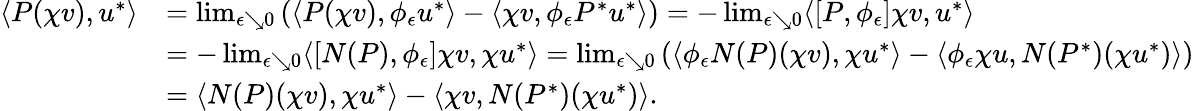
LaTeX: \begin{array}{rl}{\langle P(\chi v),u^{*}\rangle}&{=\operatorname*{lim}_{\epsilon\searrow 0}\left(\langle P(\chi v),\phi_{\epsilon}u^{*}\rangle-\langle\chi v,\phi_{\epsilon}P^{*}u^{*}\rangle\right)=-\operatorname*{lim}_{\epsilon\searrow 0}\langle[P,\phi_{\epsilon}]\chi v,u^{*}\rangle}\\ &{=-\operatorname*{lim}_{\epsilon\searrow 0}\langle[N(P),\phi_{\epsilon}]\chi v,\chi u^{*}\rangle=\operatorname*{lim}_{\epsilon\searrow 0}\left(\langle\phi_{\epsilon}N(P)(\chi v),\chi u^{*}\rangle-\langle\phi_{\epsilon}\chi u,N(P^{*})(\chi u^{*})\rangle\right)}\\ &{=\langle N(P)(\chi v),\chi u^{*}\rangle-\langle\chi v,N(P^{*})(\chi u^{*})\rangle.}\end{array}